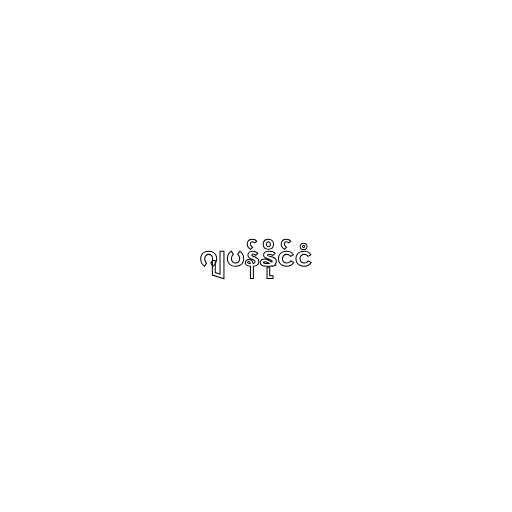
ဂျပန်နိုင်ငံ